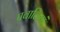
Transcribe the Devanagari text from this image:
प्रवालियां